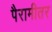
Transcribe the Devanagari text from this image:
पैरामीतर